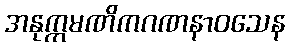
အနုက္ကမဏိကဂဏနာဝသေန